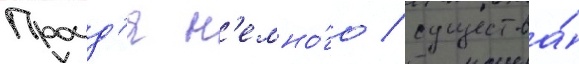
Проид'я н'емно́го / существа́